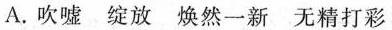
A. 吹嘘 绽放 焕然一新 无精打彩